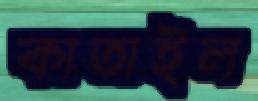
কাতাইল